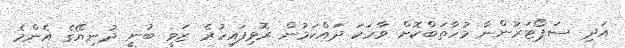
އަދި ސަޕޯޓަރުންނާ މުހާތަބްކޮށް ވާހަކަ ދައްކަމުން ރޮވިފައިހުރެ ޒަވީ ބުނީ ދުނިޔޭގެ އެންމެ